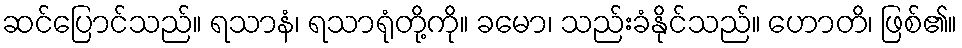
ဆင်ပြောင်သည်။ ရသာနံ၊ ရသာရုံတို့ကို။ ခမော၊ သည်းခံနိုင်သည်။ ဟောတိ၊ ဖြစ်၏။